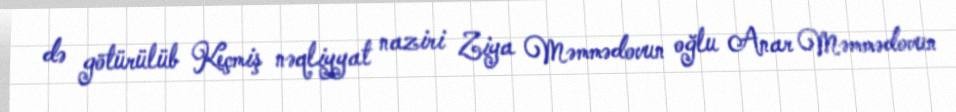
də götürülüb Keçmiş nəqliyyat naziri Ziya Məmmədovun oğlu Anar Məmmədovun